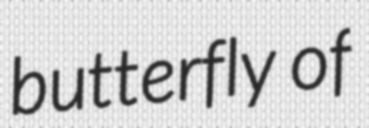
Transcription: butterfly of